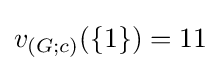
v_{(G;c)}(\{1\})=11